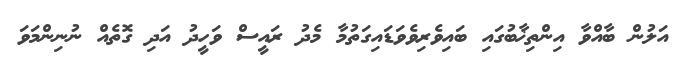
އަލުން ބާއްވާ އިންތިޚާބުގައި ބައިވެރިވެވަޑައިގަތުމާ މެދު ރައީސް ވަހީދު އަދި ގޮތެއް ނުނިންމަވަ